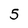
Character: 5